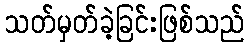
သတ်မှတ်ခဲ့ခြင်းဖြစ်သည်